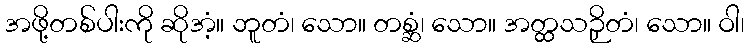
အဖို့တစ်ပါးကို ဆိုအံ့။ ဘူတံ၊ သော။ တစ္ဆံ၊ သော။ အတ္ထသဉှိတံ၊ သော။ ဝါ၊